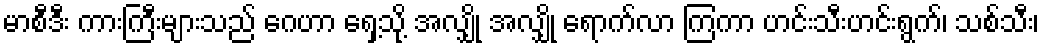
မာစီဒီး ကားကြီးများသည် ဂေဟာ ရှေ့သို့ အလျှို အလျှို ရောက်လာ ကြကာ ဟင်းသီးဟင်းရွက်၊ သစ်သီး၊